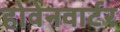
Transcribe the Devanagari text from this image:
होवेनवार्टर